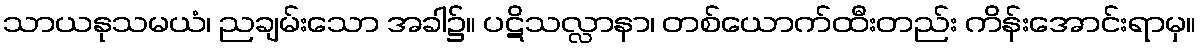
သာယနုသမယံ၊ ညချမ်းသော အခါ၌။ ပဋိသလ္လာနာ၊ တစ်ယောက်ထီးတည်း ကိန်းအောင်းရာမှ။